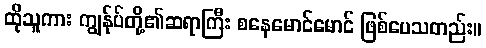
ထိုသူကား ကျွန်ုပ်တို့၏ဆရာကြီး စနေမောင်မောင် ဖြစ်ပေသတည်း။